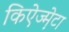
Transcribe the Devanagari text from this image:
किऐज्म़ेटा